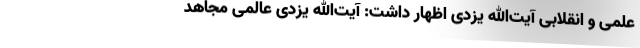
علمی و انقلابی آیت‌الله یزدی اظهار داشت: آیت‌الله یزدی عالمی مجاهد